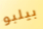
بيلبو